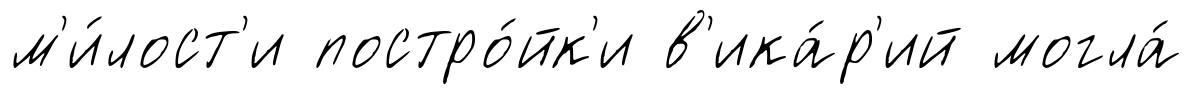
м'и́лост'и постро́йк'и в'ика́р'ий могла́